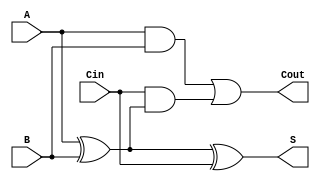
module FullAdder (
    input wire A,    // First input bit
    input wire B,    // Second input bit
    input wire Cin,  // Carry input
    output wire S,   // Sum output
    output wire Cout  // Carry output
);

// Internal wiring for Sum and Carry outputs
assign S = A ^ B ^ Cin;                   // Sum: A XOR B XOR Cin
assign Cout = (A & B) | (Cin & (A ^ B)); // Carry: (A AND B) OR (Cin AND (A XOR B))

endmodule